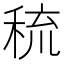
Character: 𱶊